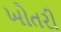
ખોતરી